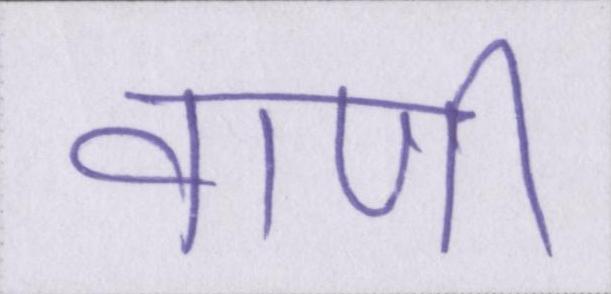
वाणी